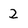
Character: 2